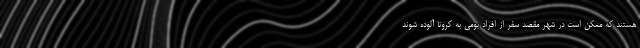
هستند که ممکن است در شهر مقصد سفر از افراد بومی به کرونا آلوده شوند